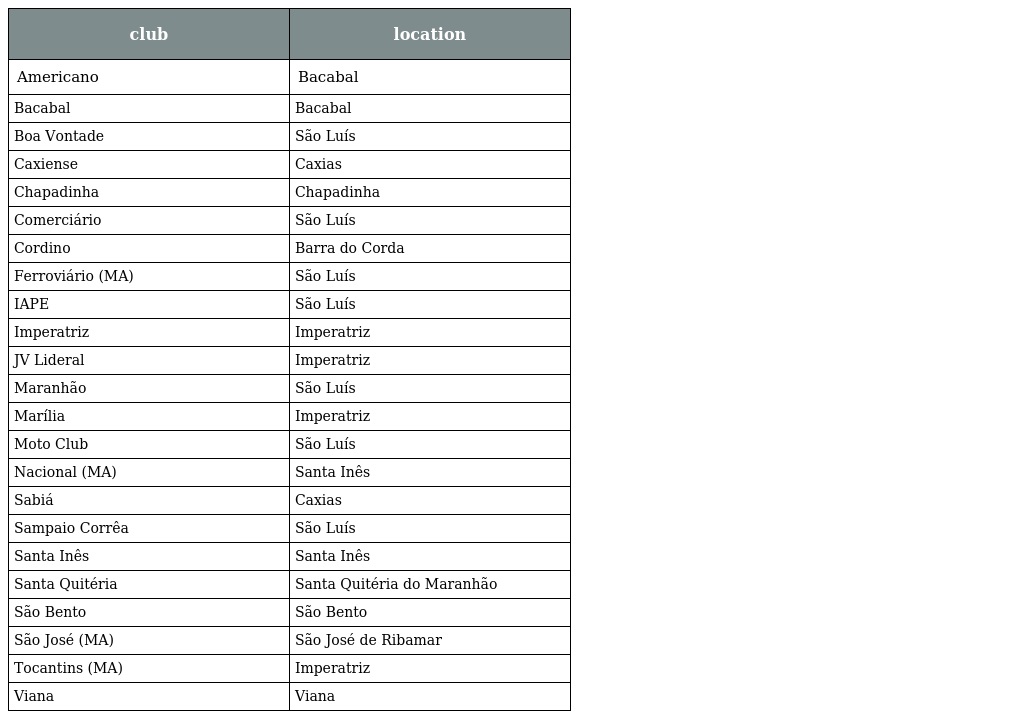
| club | location |
 | --- | --- |
 | Americano | Bacabal |
 | Bacabal | Bacabal |
 | Boa Vontade | São Luís |
 | Caxiense | Caxias |
 | Chapadinha | Chapadinha |
 | Comerciário | São Luís |
 | Cordino | Barra do Corda |
 | Ferroviário (MA) | São Luís |
 | IAPE | São Luís |
 | Imperatriz | Imperatriz |
 | JV Lideral | Imperatriz |
 | Maranhão | São Luís |
 | Marília | Imperatriz |
 | Moto Club | São Luís |
 | Nacional (MA) | Santa Inês |
 | Sabiá | Caxias |
 | Sampaio Corrêa | São Luís |
 | Santa Inês | Santa Inês |
 | Santa Quitéria | Santa Quitéria do Maranhão |
 | São Bento | São Bento |
 | São José (MA) | São José de Ribamar |
 | Tocantins (MA) | Imperatriz |
 | Viana | Viana |